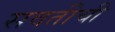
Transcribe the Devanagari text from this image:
सवतीची